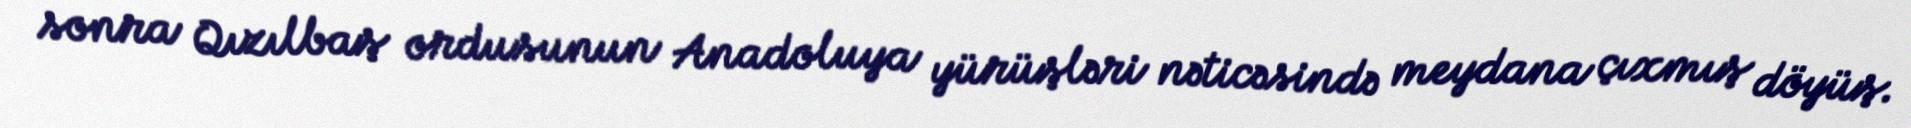
sonra Qızılbaş ordusunun Anadoluya yürüşləri nəticəsində meydana çıxmış döyüş.